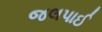
જલપાઈ